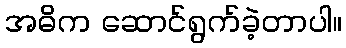
အဓိက ဆောင်ရွက်ခဲ့တာပါ။